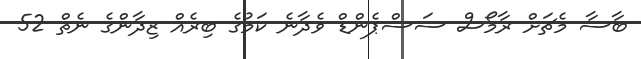
ބާސާ މެޗަށް ރާމޯސް ސަސްޕެންޑް ވެދާނެ ކަމުގެ ބިރެއް ޒިދާންގެ ނެތް 52